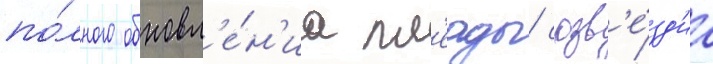
по́лного обновл'е́н'иа пл'еады/ созв'е́зд'иа